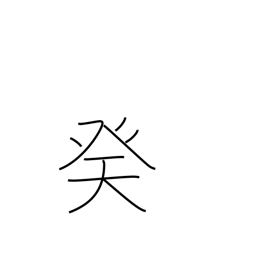
Meaning: 10th calendar sign